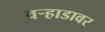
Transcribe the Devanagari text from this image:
वर्‍हाडावर